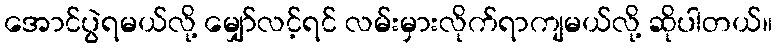
အောင်ပွဲရမယ်လို့ မျှော်လင့်ရင် လမ်းမှားလိုက်ရာကျမယ်လို့ ဆိုပါတယ်။